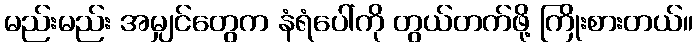
မည်းမည်း အမျှင်တွေက နံရံပေါ်ကို တွယ်တက်ဖို့ ကြိုးစားတယ်။